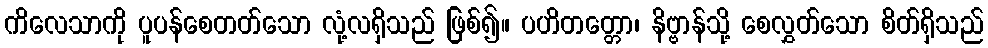
ကိလေသာကို ပူပန်စေတတ်သော လုံ့လရှိသည် ဖြစ်၍။ ပဟိတတ္တော၊ နိဗ္ဗာန်သို့ စေလွှတ်သော စိတ်ရှိသည်